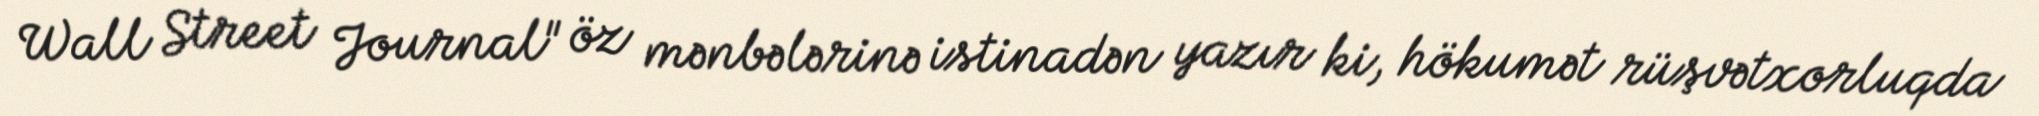
Wall Street Journal" öz mənbələrinə istinadən yazır ki, hökumət rüşvətxorluqda